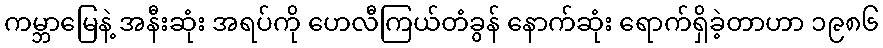
ကမ္ဘာမြေနဲ့ အနီးဆုံး အရပ်ကို ဟေလီကြယ်တံခွန် နောက်ဆုံး ရောက်ရှိခဲ့တာဟာ ၁၉၈၆